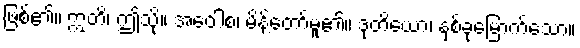
ဖြစ်၏။ ဣတိ၊ ဤသို့။ အဝေါစ၊ မိန့်တော်မူ၏။ ဒုတိယော၊ နှစ်ခုမြောက်သော။